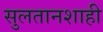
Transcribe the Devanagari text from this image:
सुलतानशाही